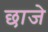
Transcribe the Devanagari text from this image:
छाजे